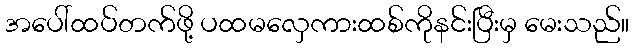
အပေါ်ထပ်တက်ဖို့ ပထမလှေကားထစ်ကိုနင်းပြီးမှ မေးသည်။